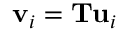
\mathbf { v } _ { i } = \mathbf { T } \mathbf { u } _ { i }